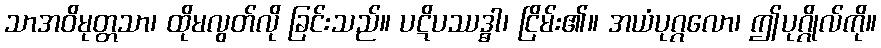
သာအဝိမုတ္တသာ၊ ထိုမလွတ်လို ခြင်းသည်။ ပဋိပဿဒ္ဓါ၊ ငြိမ်း၏။ အယံပုဂ္ဂလော၊ ဤပုဂ္ဂိုလ်ကို။